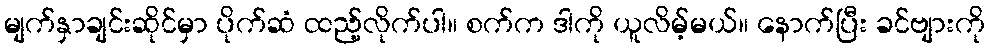
မျက်နှာချင်းဆိုင်မှာ ပိုက်ဆံ ထည့်လိုက်ပါ။ စက်က ဒါကို ယူလိမ့်မယ်။ နောက်ပြီး ခင်ဗျားကို